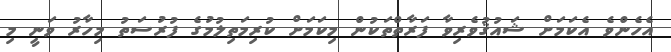
އެހެންވެ އެކަމަށް ޝައުޤުވެރިވާ ފަރާތްތަކުން މިކަމަށް ކުރިމަތިލުމުގެ ފުރުސަތު މިހާރު ވަނީ މި